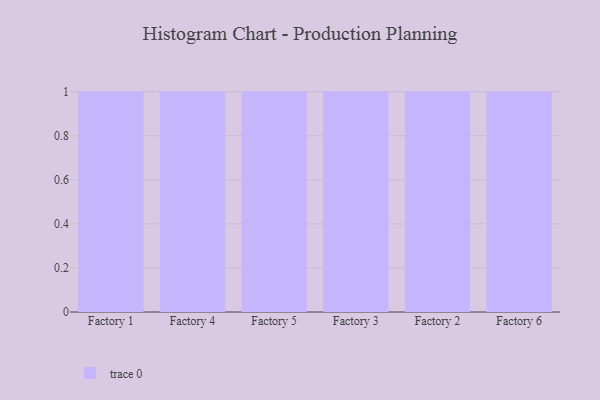
{"axis": {"x": "Factory", "y": "Headcount"}, "legend": [""], "data": [{"x": "Factory 1", "y": 63, "type": ""}, {"x": "Factory 4", "y": 23, "type": ""}, {"x": "Factory 5", "y": 80, "type": ""}, {"x": "Factory 3", "y": 47, "type": ""}, {"x": "Factory 2", "y": 59, "type": ""}, {"x": "Factory 6", "y": 94, "type": ""}]}